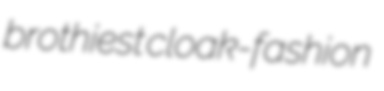
brothiest cloak-fashion